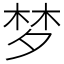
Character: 梦